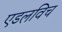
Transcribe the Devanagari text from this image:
एडलविच